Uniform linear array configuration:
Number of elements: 8
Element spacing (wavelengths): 0.5
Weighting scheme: binomial
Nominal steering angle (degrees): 0
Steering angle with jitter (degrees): -0.005475
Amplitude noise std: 0.05
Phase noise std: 0.05

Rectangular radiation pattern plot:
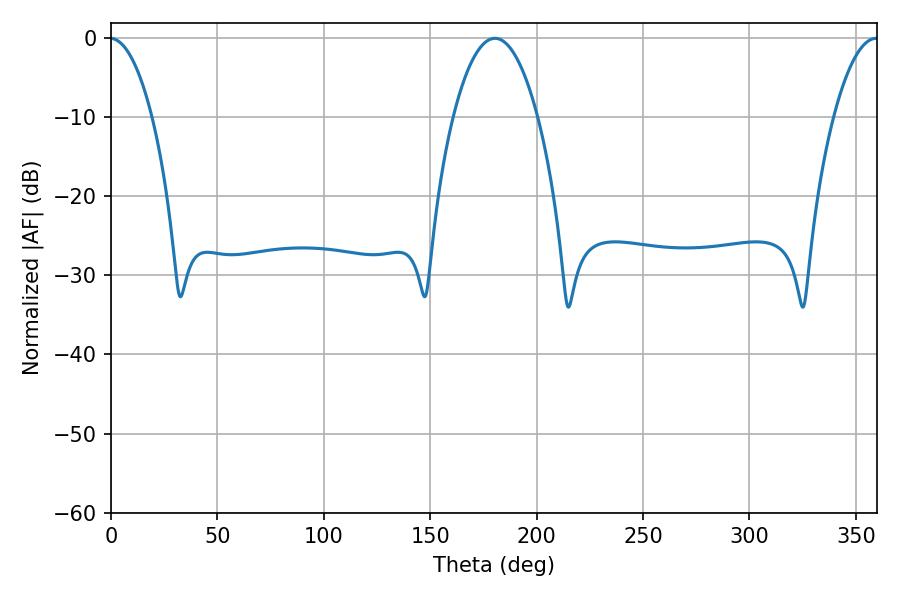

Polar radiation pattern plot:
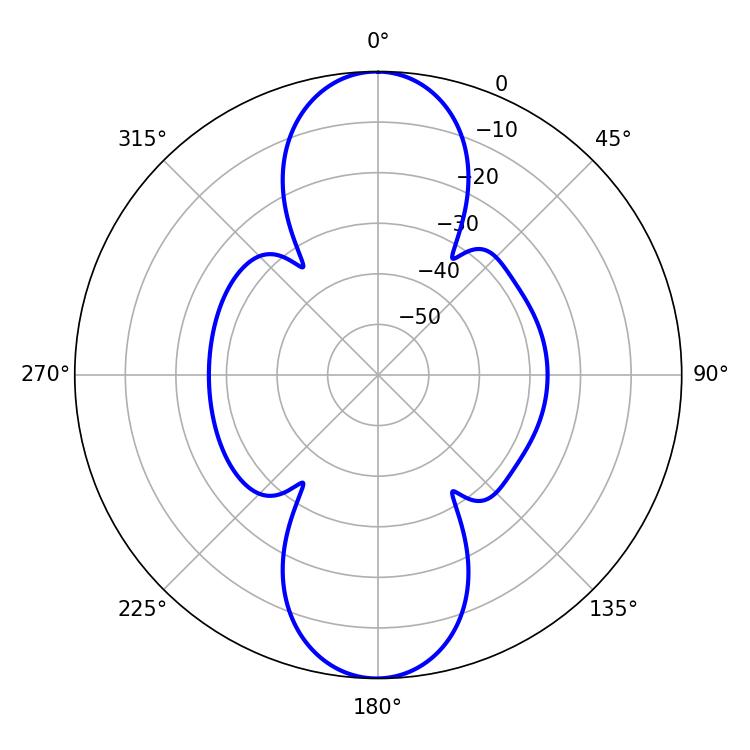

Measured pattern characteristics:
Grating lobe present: FALSE
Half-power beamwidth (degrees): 22.14
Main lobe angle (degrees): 180.36